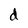
Character: d